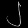
Digit: ၂